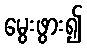
မွေးဖွား၍